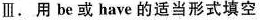
Ⅲ.用 be 或 have 的适当形式填空